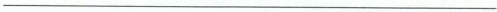
___